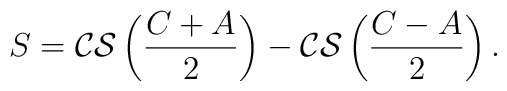
S={\cal CS}\left( \frac{C+A}{2}\right) - {\cal CS}\left(\frac{C-A}{2}\right).